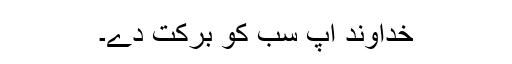
خُداوند آپ سب کو برکت دے۔